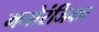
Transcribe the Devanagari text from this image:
मनोरंजिका